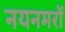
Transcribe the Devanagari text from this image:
नयनमरों